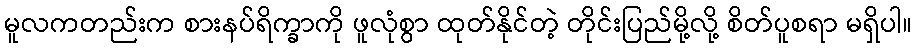
မူလကတည်းက စားနပ်ရိက္ခာကို ဖူလုံစွာ ထုတ်နိုင်တဲ့ တိုင်းပြည်မို့လို့ စိတ်ပူစရာ မရှိပါ။